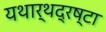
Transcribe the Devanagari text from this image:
यथार्थद्रष्टा